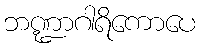
ဘဏ္ဍာဂါရိကောပေ